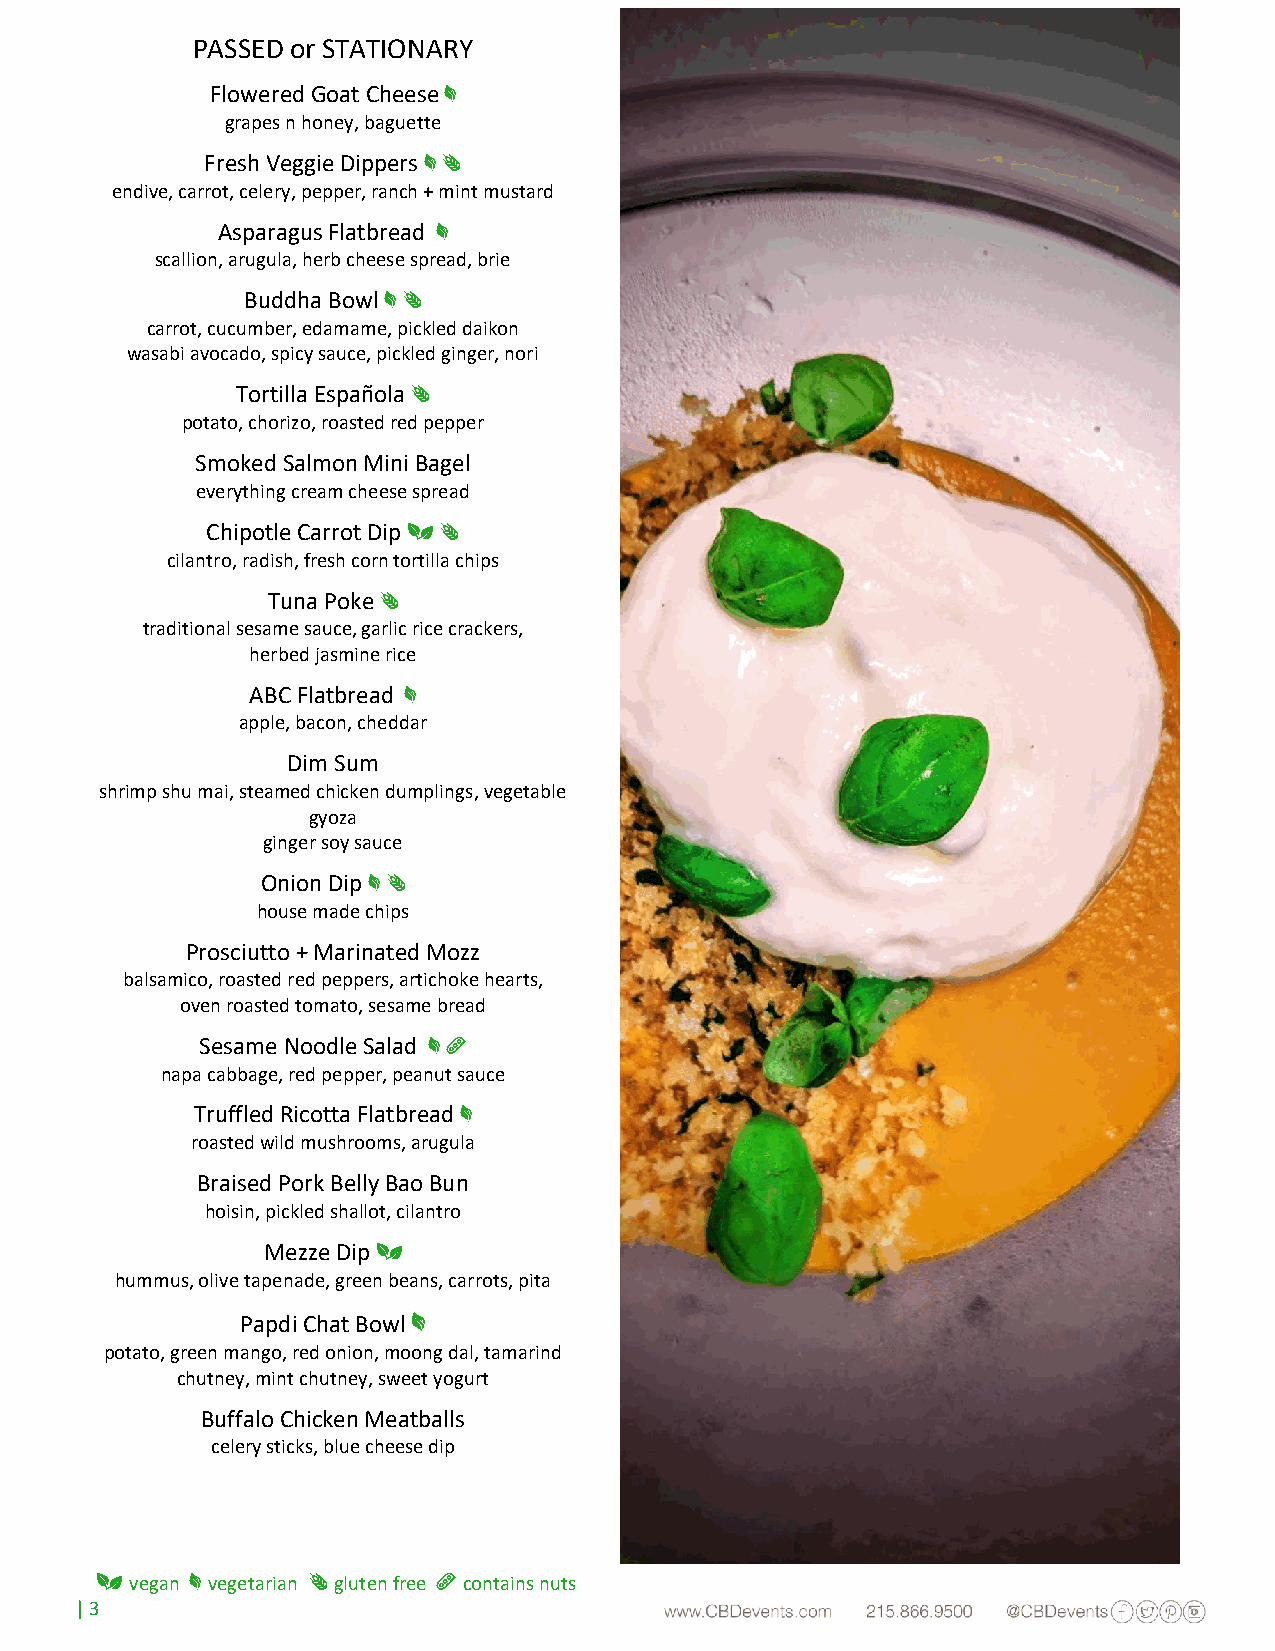
PASSED or STATIONARY
 Flowered Goat Cheese*
 grapes n honey, baguette
 Fresh Veggie Dippers * ¤
 endive, carrot, celery, pepper, ranch + mint mustard
 Asparagus Flatbread *
 scallion, arugula, herb cheese spread, brie
 Buddha Bowl * ¤
 carrot, cucumber, edamame, pickled daikon
 wasabi avocado, spicy sauce, pickled ginger, nori
 Tortilla Española ¤
 potato, chorizo, roasted red pepper
 Smoked Salmon Mini Bagel
 everything cream cheese spread
 Chipotle Carrot Dip 3 ¤
 cilantro, radish, fresh corn tortilla chips
 Tuna Poke ¤
 traditional sesame sauce, garlic rice crackers,
 herbed jasmine rice
 ABC Flatbread *
 apple, bacon, cheddar
 Dim Sum
 shrimp shu mai, steamed chicken dumplings, vegetable
 gyoza
 ginger soy sauce
 Onion Dip * ¤
 house made chips
 Prosciutto + Marinated Mozz
 balsamico, roasted red peppers, artichoke hearts,
 oven roasted tomato, sesame bread
 Sesame Noodle Salad * û
 napa cabbage, red pepper, peanut sauce
 Truffled Ricotta Flatbread *
 roasted wild mushrooms, arugula
 Braised Pork Belly Bao Bun
 hoisin, pickled shallot, cilantro
 Mezze Dip 3
 hummus, olive tapenade, green beans, carrots, pita
 *
 Papdi Chat Bowl
 potato, green mango, red onion, moong dal, tamarind
 chutney, mint chutney, sweet yogurt
 Buffalo Chicken Meatballs
 celery sticks, blue cheese dip
 3
 vegan
 *
 vegetarian
 ¤
 gluten free
 û
 contains nuts
 | 3